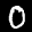
Label: 0